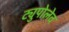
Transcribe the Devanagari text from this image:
ट्युपोलेव